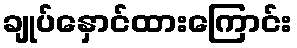
ချုပ်နှောင်ထားကြောင်း